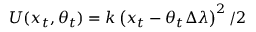
U ( x _ { t } , \theta _ { t } ) = k \left( x _ { t } - \theta _ { t } \Delta \lambda \right) ^ { 2 } / 2